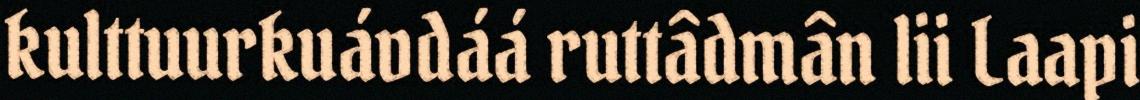
kulttuurkuávdáá ruttâdmân lii Laapi